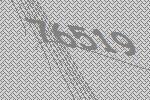
76519